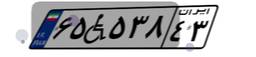
۶۵W۵۳۸۴۳